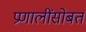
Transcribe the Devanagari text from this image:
प्रणालींसोबत